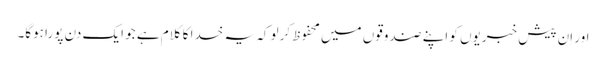
اور اِن پیش خبریوں کو اپنے صندوقوں میں محفوظ کرلو کہ یہ خدا کا کلام ہے جو ایک دن پورا ہوگا۔